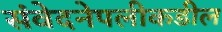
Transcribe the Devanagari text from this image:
संवेदनेपलीकडील